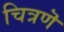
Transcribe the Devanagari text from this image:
चित्रणॆ